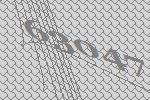
63047